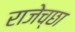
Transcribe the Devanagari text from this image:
राजेच्छा